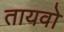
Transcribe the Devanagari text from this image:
तायवो